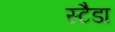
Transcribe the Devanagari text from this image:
स्टैडा